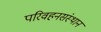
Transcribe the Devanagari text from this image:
परिवहनसंस्थान